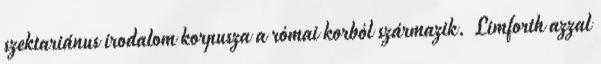
szektariánus irodalom korpusza a római korból származik. Limforth azzal